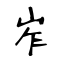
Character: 岝